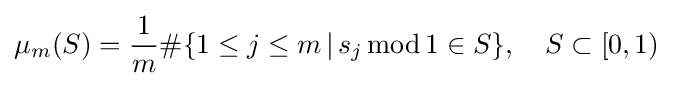
\mu _{m}(S)={\frac {1}{m}}\#\{1\leq j\leq m\,|\,s_{j}\,\mathrm {mod} \,1\in S\},\quad S\subset [0,1)